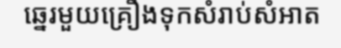
ឆ្នេរមួយគ្រឿងទុកសំរាប់សំអាត